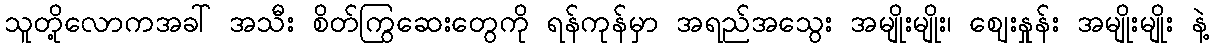
သူတို့လောကအခါ် အသီး စိတ်ကြွဆေးတွေကို ရန်ကုန်မှာ အရည်အသွေး အမျိုးမျိုး၊ ဈေးနှုန်း အမျိုးမျိုး နဲ့